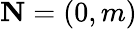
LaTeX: \mathbf{N}=(0,m)